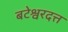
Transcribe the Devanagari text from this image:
बटेश्वरदत्त